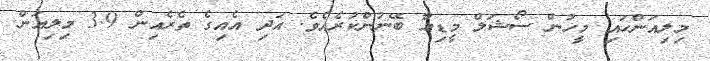
މިލިއަންހައި މީހުން ސޯޝަލް މީޑިއާ ބޭނުންކުރެއެވެ. އަދި އެއިގެ ތެރެއިން 3.9 މިލިއަން